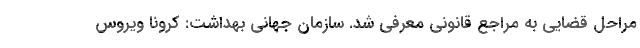
مراحل قضایی به مراجع قانونی معرفی شد. سازمان جهانی بهداشت: کرونا ویروس